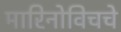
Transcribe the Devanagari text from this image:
मारिनोविचचे